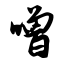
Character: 噌